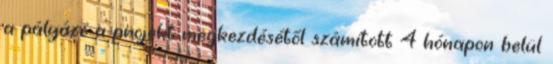
a pályázó a projekt megkezdésétől számított 4 hónapon belül